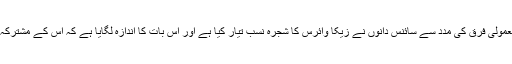
تمام نمونوں کے درمیان پائے جانے والے معمولی فرق کی مدد سے سائنس دانوں نے زیکا وائرس کا شجرہ نسب تیار کیا ہے اور اس بات کا اندازہ لگایا ہے کہ اس کے مشترکہ آبا و اجداد کب برازیل میں داخل ہوئے تھے۔